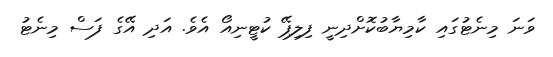
ވަނަ މިނެޓުގައި ކާމިޔާބުކޮށްދިނީ ފިލިޕޭ ކުޓީނިއޯ އެވެ. އަދި އޭގެ ފަސް މިނެޓު